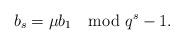
LaTeX: \begin{align*}b_{{s}}=\mu b_1 \mod q^{{s}}-1.\end{align*}